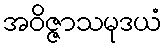
အဝိဇ္ဇာသမုဒယံ